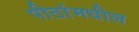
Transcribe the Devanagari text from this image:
पीठांमधील